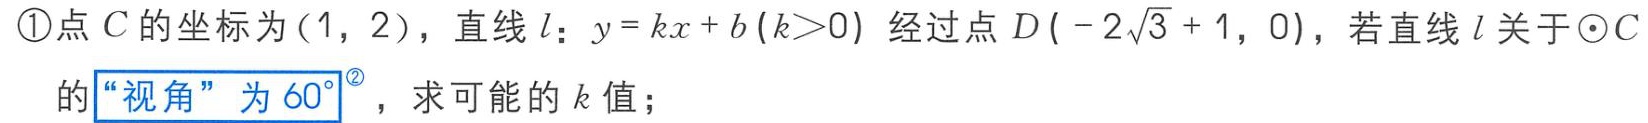
\textcircled{1}点\(C\)的坐标为\((1,2)\)，直线\(l\)：\(y = kx + b (k>0)\) 经过点\(D(-2\sqrt{3} + 1,0)\)，若直线\(l\)关于\(\odot C\)的“视角”为\(60^{\circ}\)，求可能的\(k\)值；